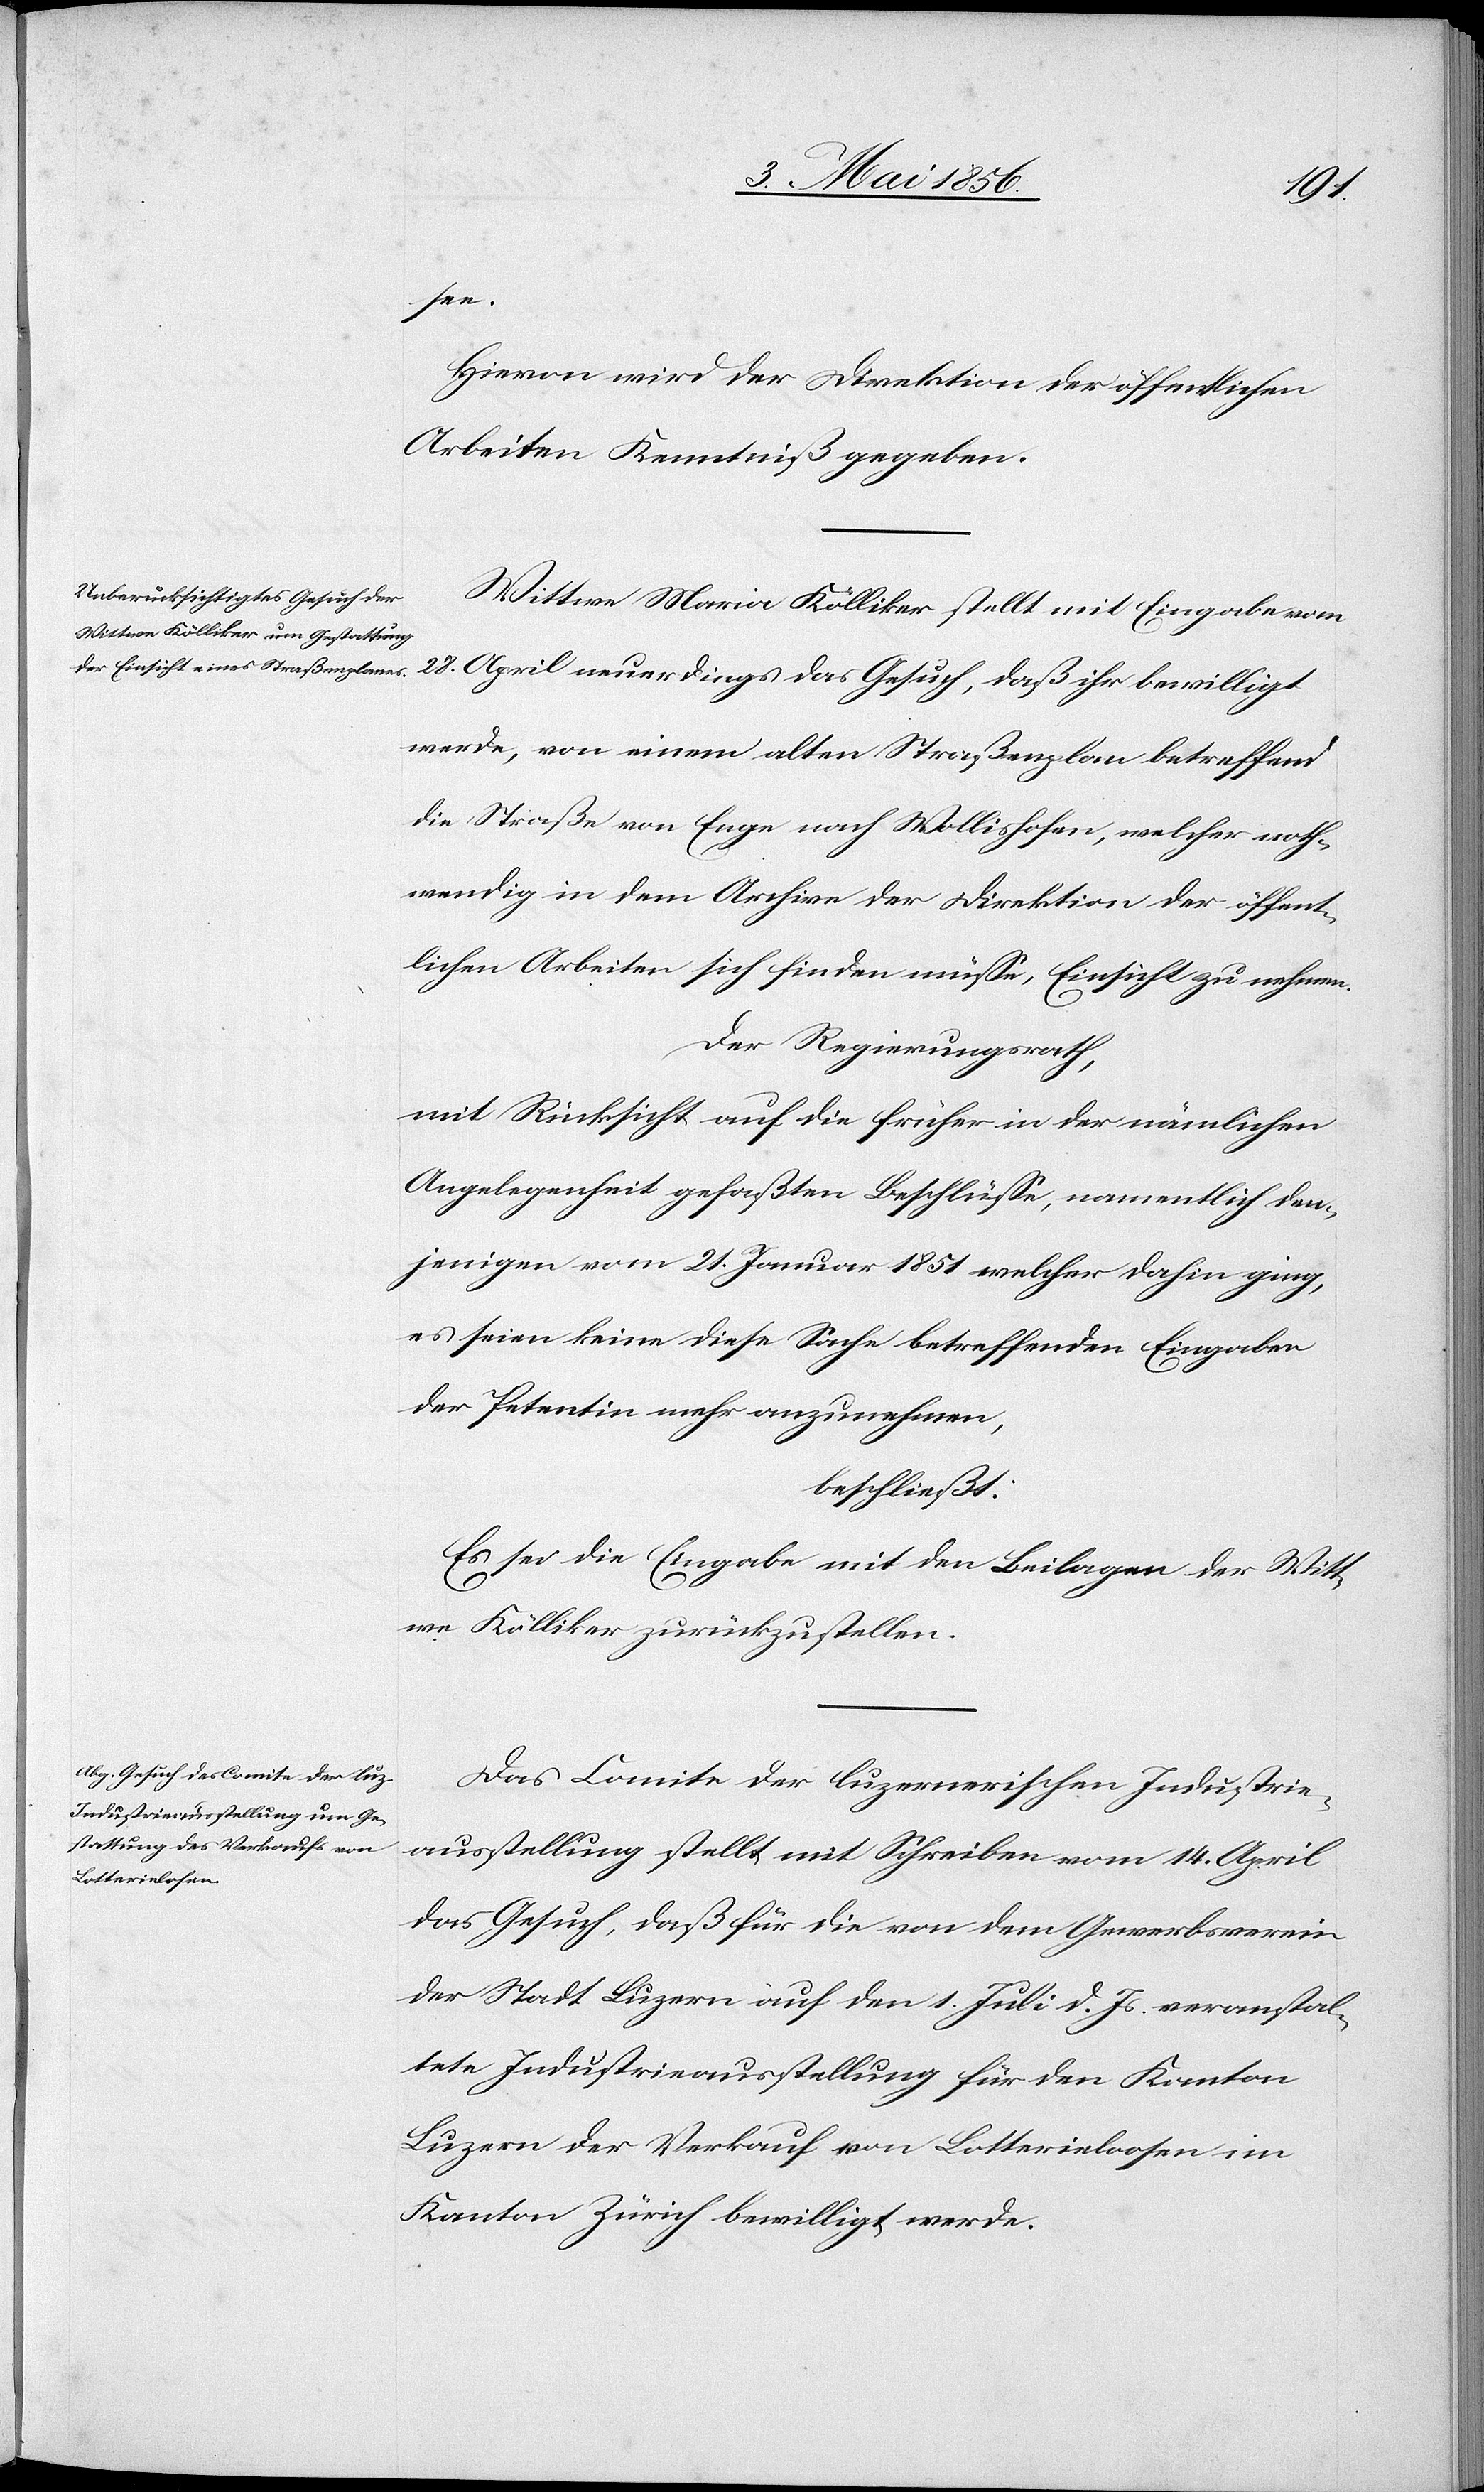
see.
Hievon wird der Direktion der öffentlichen
Arbeiten Kenntniß gegeben.
Wittwe Maria Kölliker stellt mit Eingabe vom
28. April neuerdings das Gesuch, daß ihr bewilligt
werde, von einem alten Straßenplan betreffend
die Straße von Enge nach Wollishofen, welcher noth¬
wendig in dem Archive der Direktion der öffent¬
lichen Arbeiten sich finden müsse, Einsicht zu nehmen.
Der Regierungsrath,
mit Rücksicht auf die früher in der nämlichen
Angelegenheit gefaßten Beschlüsse, namentlich dem¬
jenigen vom 21. Januar 1851 welcher dahin ging,
es seien keine diese Sache betreffenden Eingaben
der Petentin mehr anzunehmen,
beschließt:
Es sei die Eingabe mit den Beilagen der Witt¬
we Kölliker zurückzustellen.
Das Comite der luzernerischen Industrie¬
ausstellung stellt mit Schreiben vom 14. April
das Gesuch, daß für die von dem Gewerbsverein
der Stadt Luzern auf den 1. Juli d. Js. veranstal¬
tete Industrieausstellung für den Kanton
Luzern der Verkauf von Lotterieloosen im
Kanton Zürich bewilligt werde.